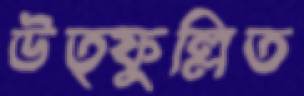
উত্ফুল্লিত